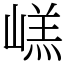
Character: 㟱